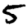
Digit: 5